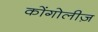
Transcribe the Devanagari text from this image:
कोंगोलीज़